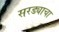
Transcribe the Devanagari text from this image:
सरड्याचा